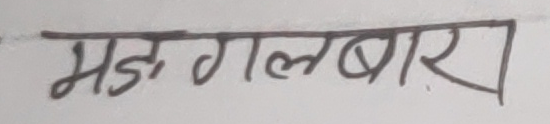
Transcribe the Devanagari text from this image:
मङ्गलवार